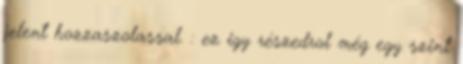
jelent hozzaszolassal. : ez igy részedrol még egy szint